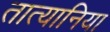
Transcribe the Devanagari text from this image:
तात्यानिया